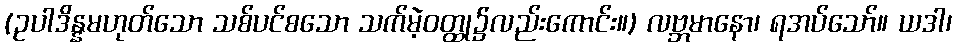
(ဥပါဒိန္နမဟုတ်သော သစ်ပင်စသော သက်မဲ့ဝတ္ထု၌လည်းကောင်း။) လဗ္ဘမာနော၊ ရအပ်သော်။ ယဒါ၊